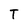
Character: T